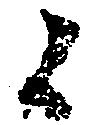
候